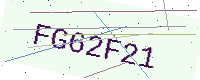
Text: FG62F21